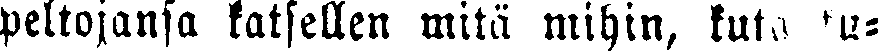
peltojansa katsellen mitä mihin, kuta ku-